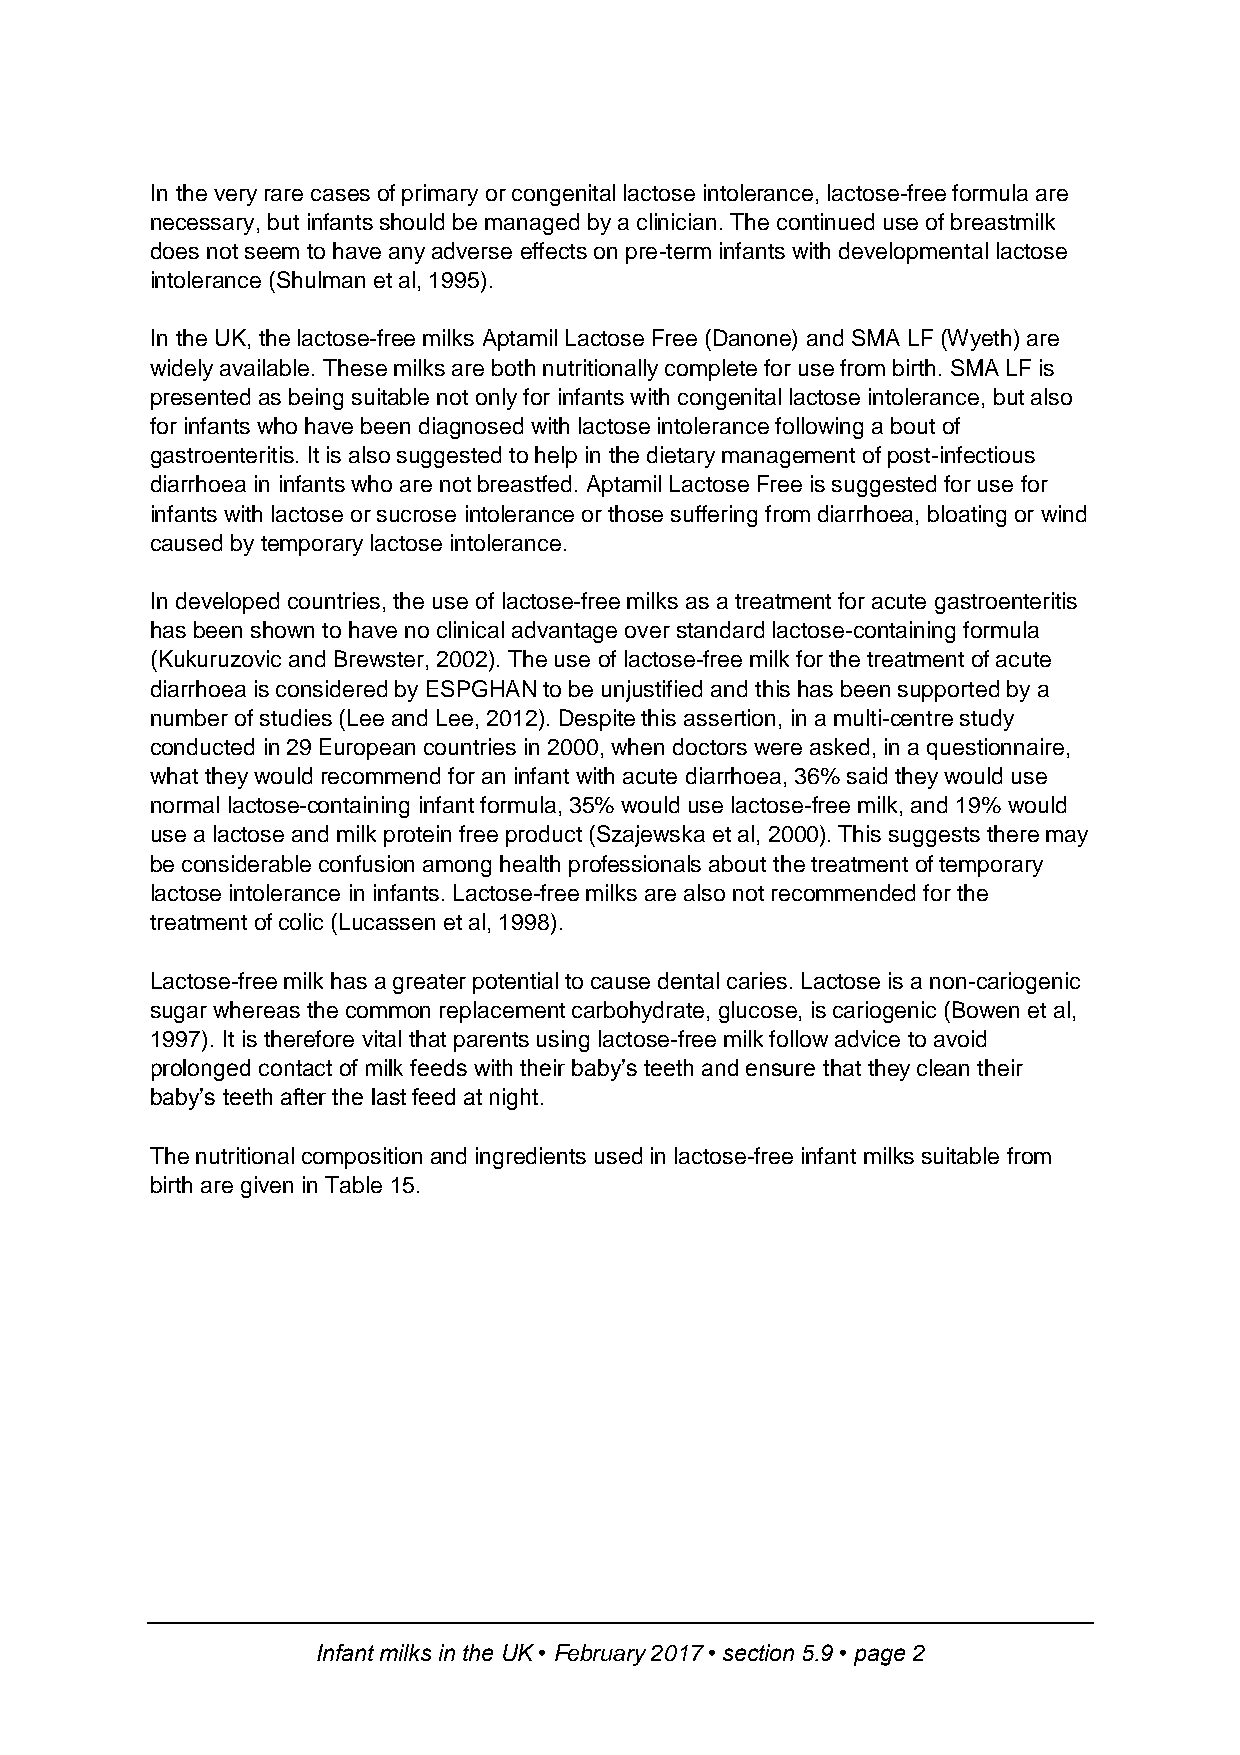
In the very rare cases of primary or congenital lactose intolerance, lactose-free formula are
 necessary, but infants should be managed by a clinician. The continued use of breastmilk
 does not seem to have any adverse effects on pre-term infants with developmental lactose
 intolerance (Shulman et al, 1995).
 In the UK, the lactose-free milks Aptamil Lactose Free (Danone) and SMA LF (Wyeth) are
 widely available. These milks are both nutritionally complete for use from birth. SMA LF is
 presented as being suitable not only for infants with congenital lactose intolerance, but also
 for infants who have been diagnosed with lactose intolerance following a bout of
 gastroenteritis. It is also suggested to help in the dietary management of post-infectious
 diarrhoea in infants who are not breastfed. Aptamil Lactose Free is suggested for use for
 infants with lactose or sucrose intolerance or those suffering from diarrhoea, bloating or wind
 caused by temporary lactose intolerance.
 In developed countries, the use of lactose-free milks as a treatment for acute gastroenteritis
 has been shown to have no clinical advantage over standard lactose-containing formula
 (Kukuruzovic and Brewster, 2002). The use of lactose-free milk for the treatment of acute
 diarrhoea is considered by ESPGHAN to be unjustified and this has been supported by a
 number of studies (Lee and Lee, 2012). Despite this assertion, in a multi-centre study
 conducted in 29 European countries in 2000, when doctors were asked, in a questionnaire,
 what they would recommend for an infant with acute diarrhoea, 36% said they would use
 normal lactose-containing infant formula, 35% would use lactose-free milk, and 19% would
 use a lactose and milk protein free product (Szajewska et al, 2000). This suggests there may
 be considerable confusion among health professionals about the treatment of temporary
 lactose intolerance in infants. Lactose-free milks are also not recommended for the
 treatment of colic (Lucassen et al, 1998).
 Lactose-free milk has a greater potential to cause dental caries. Lactose is a non-cariogenic
 sugar whereas the common replacement carbohydrate, glucose, is cariogenic (Bowen et al,
 1997). It is therefore vital that parents using lactose-free milk follow advice to avoid
 prolonged contact of milk feeds with their baby’s teeth and ensure that they clean their
 baby’s teeth after the last feed at night.
 The nutritional composition and ingredients used in lactose-free infant milks suitable from
 birth are given in Table 15.
 Infant milks in the UK • February 2017 • section 5.9 • page 2